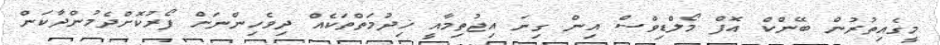
މީގެއިތުރުން ބޭންކް އޮފް މޯލްޑިވްސް އިން ގިނަ އިޖުތިމާއީ ޚިދުމަތްތަކެއް ދިވެހިންނަށް ފޯރުކޮށްދެމުންދާކަން